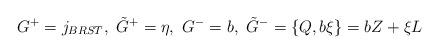
LaTeX: \begin{align*}G^+ = j_{BRST},~ \tilde G^+ = \eta,~G^- = b,~ \tilde G^- = \{Q, b\xi\} = b Z + \xi L\end{align*}